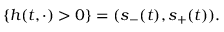
\{ h ( t , \cdot ) > 0 \} = ( s _ { - } ( t ) , s _ { + } ( t ) ) .